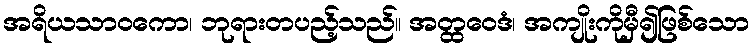
အရိယသာဝကော၊ ဘုရားတပည့်သည်။ အတ္ထဝေဒံ၊ အကျိုးကိုမှီ၍ဖြစ်သော